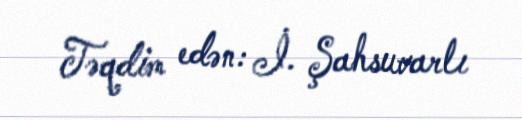
Təqdim edən: İ. Şahsuvarlı